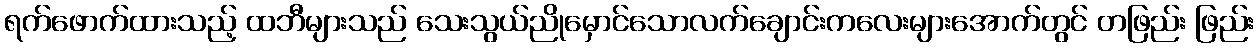
ရက်ဖောက်ထားသည့် ထဘီများသည် သေးသွယ်ညိုမှောင်သောလက်ချောင်းကလေးများအောက်တွင် တဖြည်း ဖြည်း